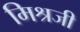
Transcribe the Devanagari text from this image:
मिश्रजी